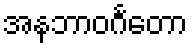
အနဘာဝင်္ဂတော